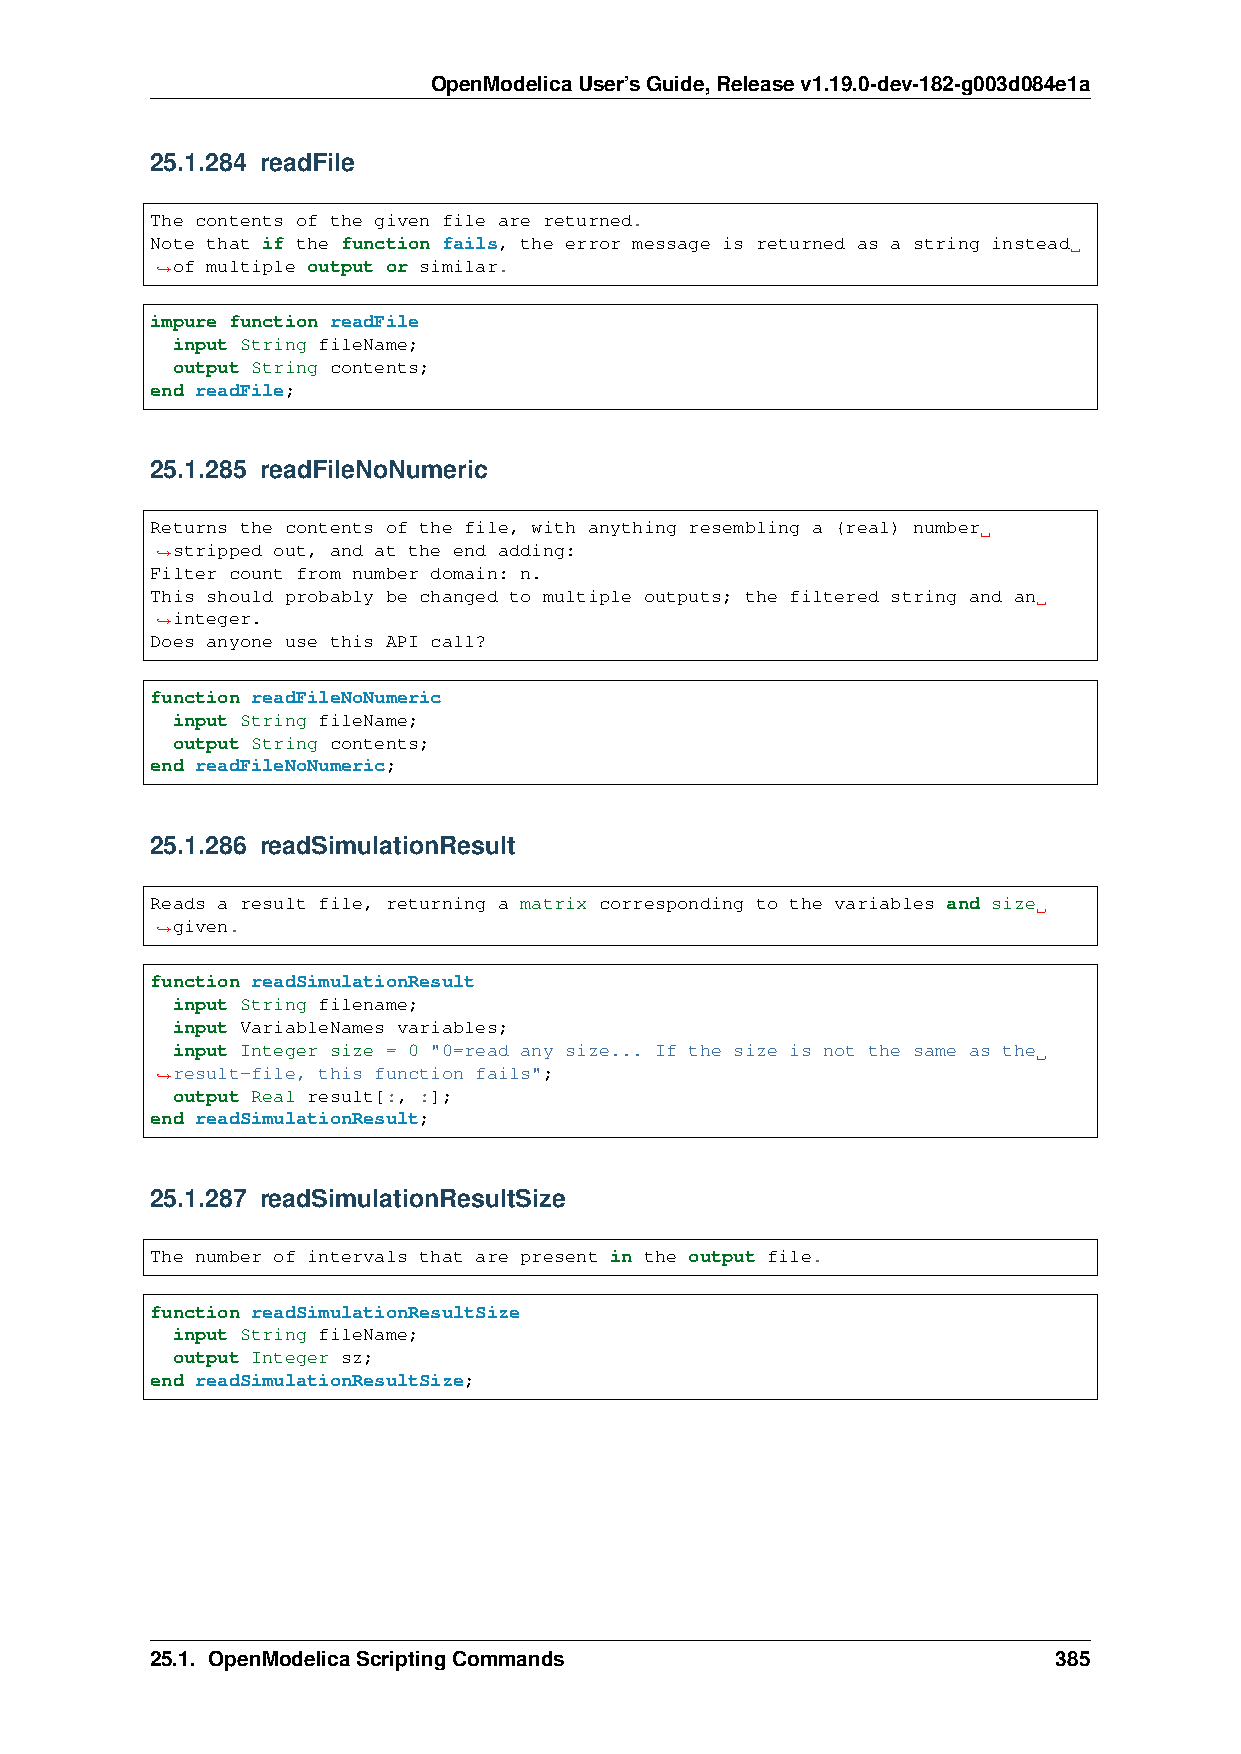
OpenModelicaUser’sGuide,Releasev1.19.0-dev-182-g003d084e1a
 25.1.284 readFile
 The contents of the given file are returned.
 Note that if the function fails, the error message is returned as a string instead
 of multiple output or similar.
 ˓→
 impure function readFile
 input String fileName;
 output String contents;
 end readFile;
 25.1.285 readFileNoNumeric
 Returns the contents of the file, with anything resembling a (real) number
 stripped out, and at the end adding:
 ˓→
 Filter count from number domain: n.
 This should probably be changed to multiple outputs; the filtered string and an
 integer.
 ˓→
 Does anyone use this API call?
 function readFileNoNumeric
 input String fileName;
 output String contents;
 end readFileNoNumeric;
 25.1.286 readSimulationResult
 Reads a result file, returning a matrix corresponding to the variables and size
 given.
 ˓→
 function readSimulationResult
 input String filename;
 input VariableNames variables;
 input Integer size = 0 "0=read any size... If the size is not the same as the
 result-file, this function fails";
 ˓→
 output Real result[:, :];
 end readSimulationResult;
 25.1.287 readSimulationResultSize
 The number of intervals that are present in the output file.
 function readSimulationResultSize
 input String fileName;
 output Integer sz;
 end readSimulationResultSize;
 25.1. OpenModelicaScriptingCommands                         385